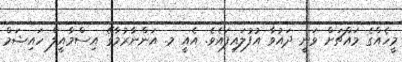
މީހެއްގެ މައްޗަށް ވަނީ ދައުވާ އުފުލައިފައެވެ. އެއީ މ. އަންނާރުމާގޭ އިސްމާއީލް ހައިޝަމް